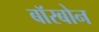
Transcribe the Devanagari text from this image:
बॉरबोन